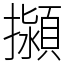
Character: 㩩